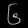
Digit: ၆